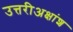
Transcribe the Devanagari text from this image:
उत्तरीअक्षांश